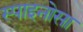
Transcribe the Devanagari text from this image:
स्पाइनोसा